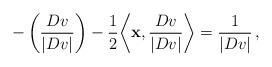
LaTeX: \begin{align*}- \left(\frac{D {v}}{|D {v}|}\right) - \frac{1}{2}{\left\langle \mathbf{x}, \frac{D {v}}{|D{v}|}\right\rangle} = \frac{1}{|D {v}|}\,,\end{align*}